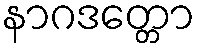
နာဂဒတ္တော